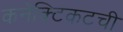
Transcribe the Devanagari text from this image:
कनेक्टिकटची